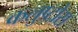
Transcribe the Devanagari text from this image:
कलुप्टोस